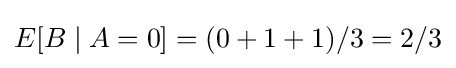
E[B\mid A=0]=(0+1+1)/3=2/3